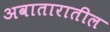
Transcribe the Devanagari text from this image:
अवातारातील